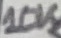
Text: 10K